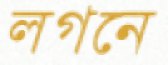
লগনে